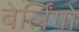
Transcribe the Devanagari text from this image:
बेर्लिंगो